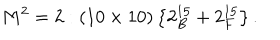
M ^ { 2 } = 2 : \left( 1 0 \times 1 0 \right) \left\{ 2 _ { B } ^ { 1 5 } + 2 _ { F } ^ { 1 5 } \right\} .